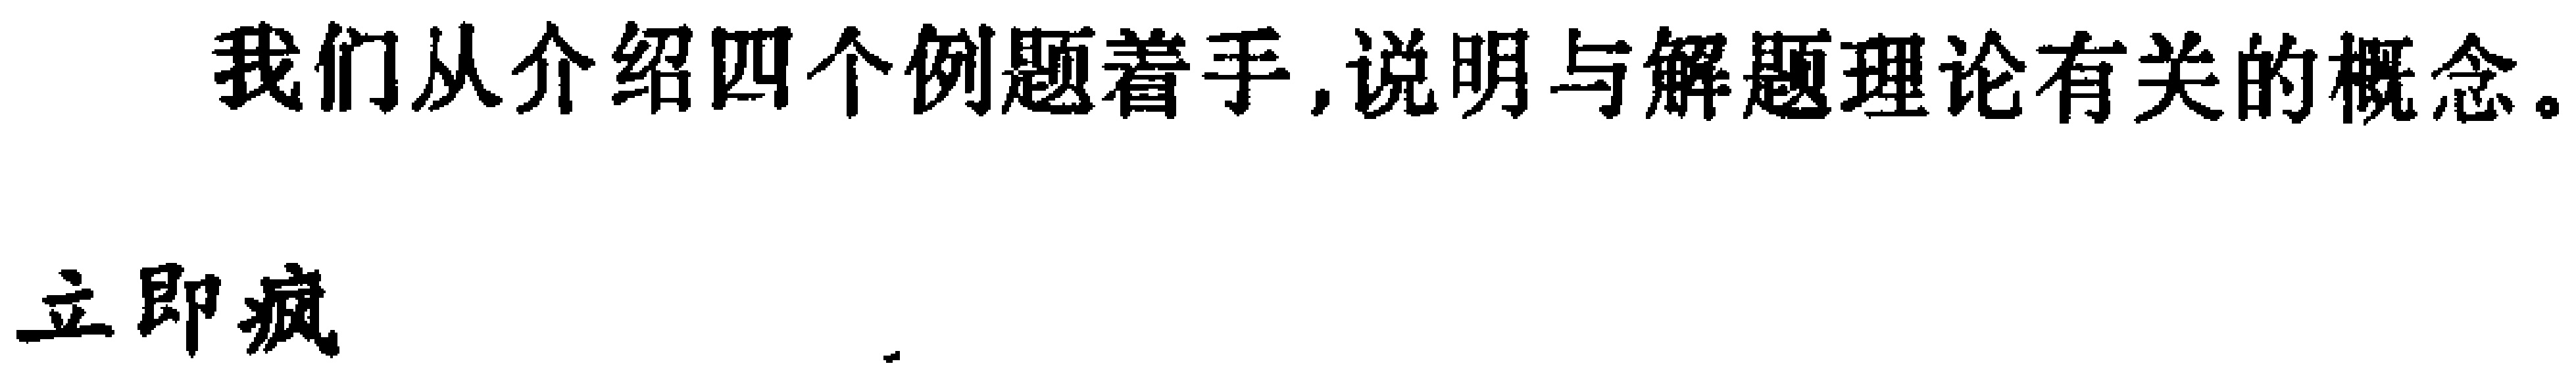
我们从介绍四个例题着手,说明与解题理论有关的概念.
立即疯.